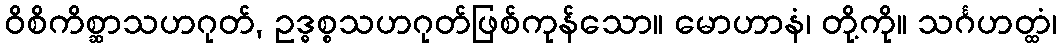
ဝိစိကိစ္ဆာသဟဂုတ်, ဥဒ္ဓစ္စသဟဂုတ်ဖြစ်ကုန်သော။ မောဟာနံ၊ တို့ကို။ သင်္ဂဟတ္ထံ၊